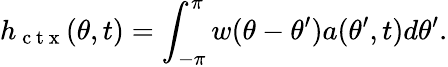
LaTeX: h_{\mathrm{~c~t~x~}}(\theta,t)=\int_{-\pi}^{\pi}w(\theta-\theta^{\prime})a(\theta^{\prime},t)d\theta^{\prime}.